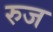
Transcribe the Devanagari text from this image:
रुज